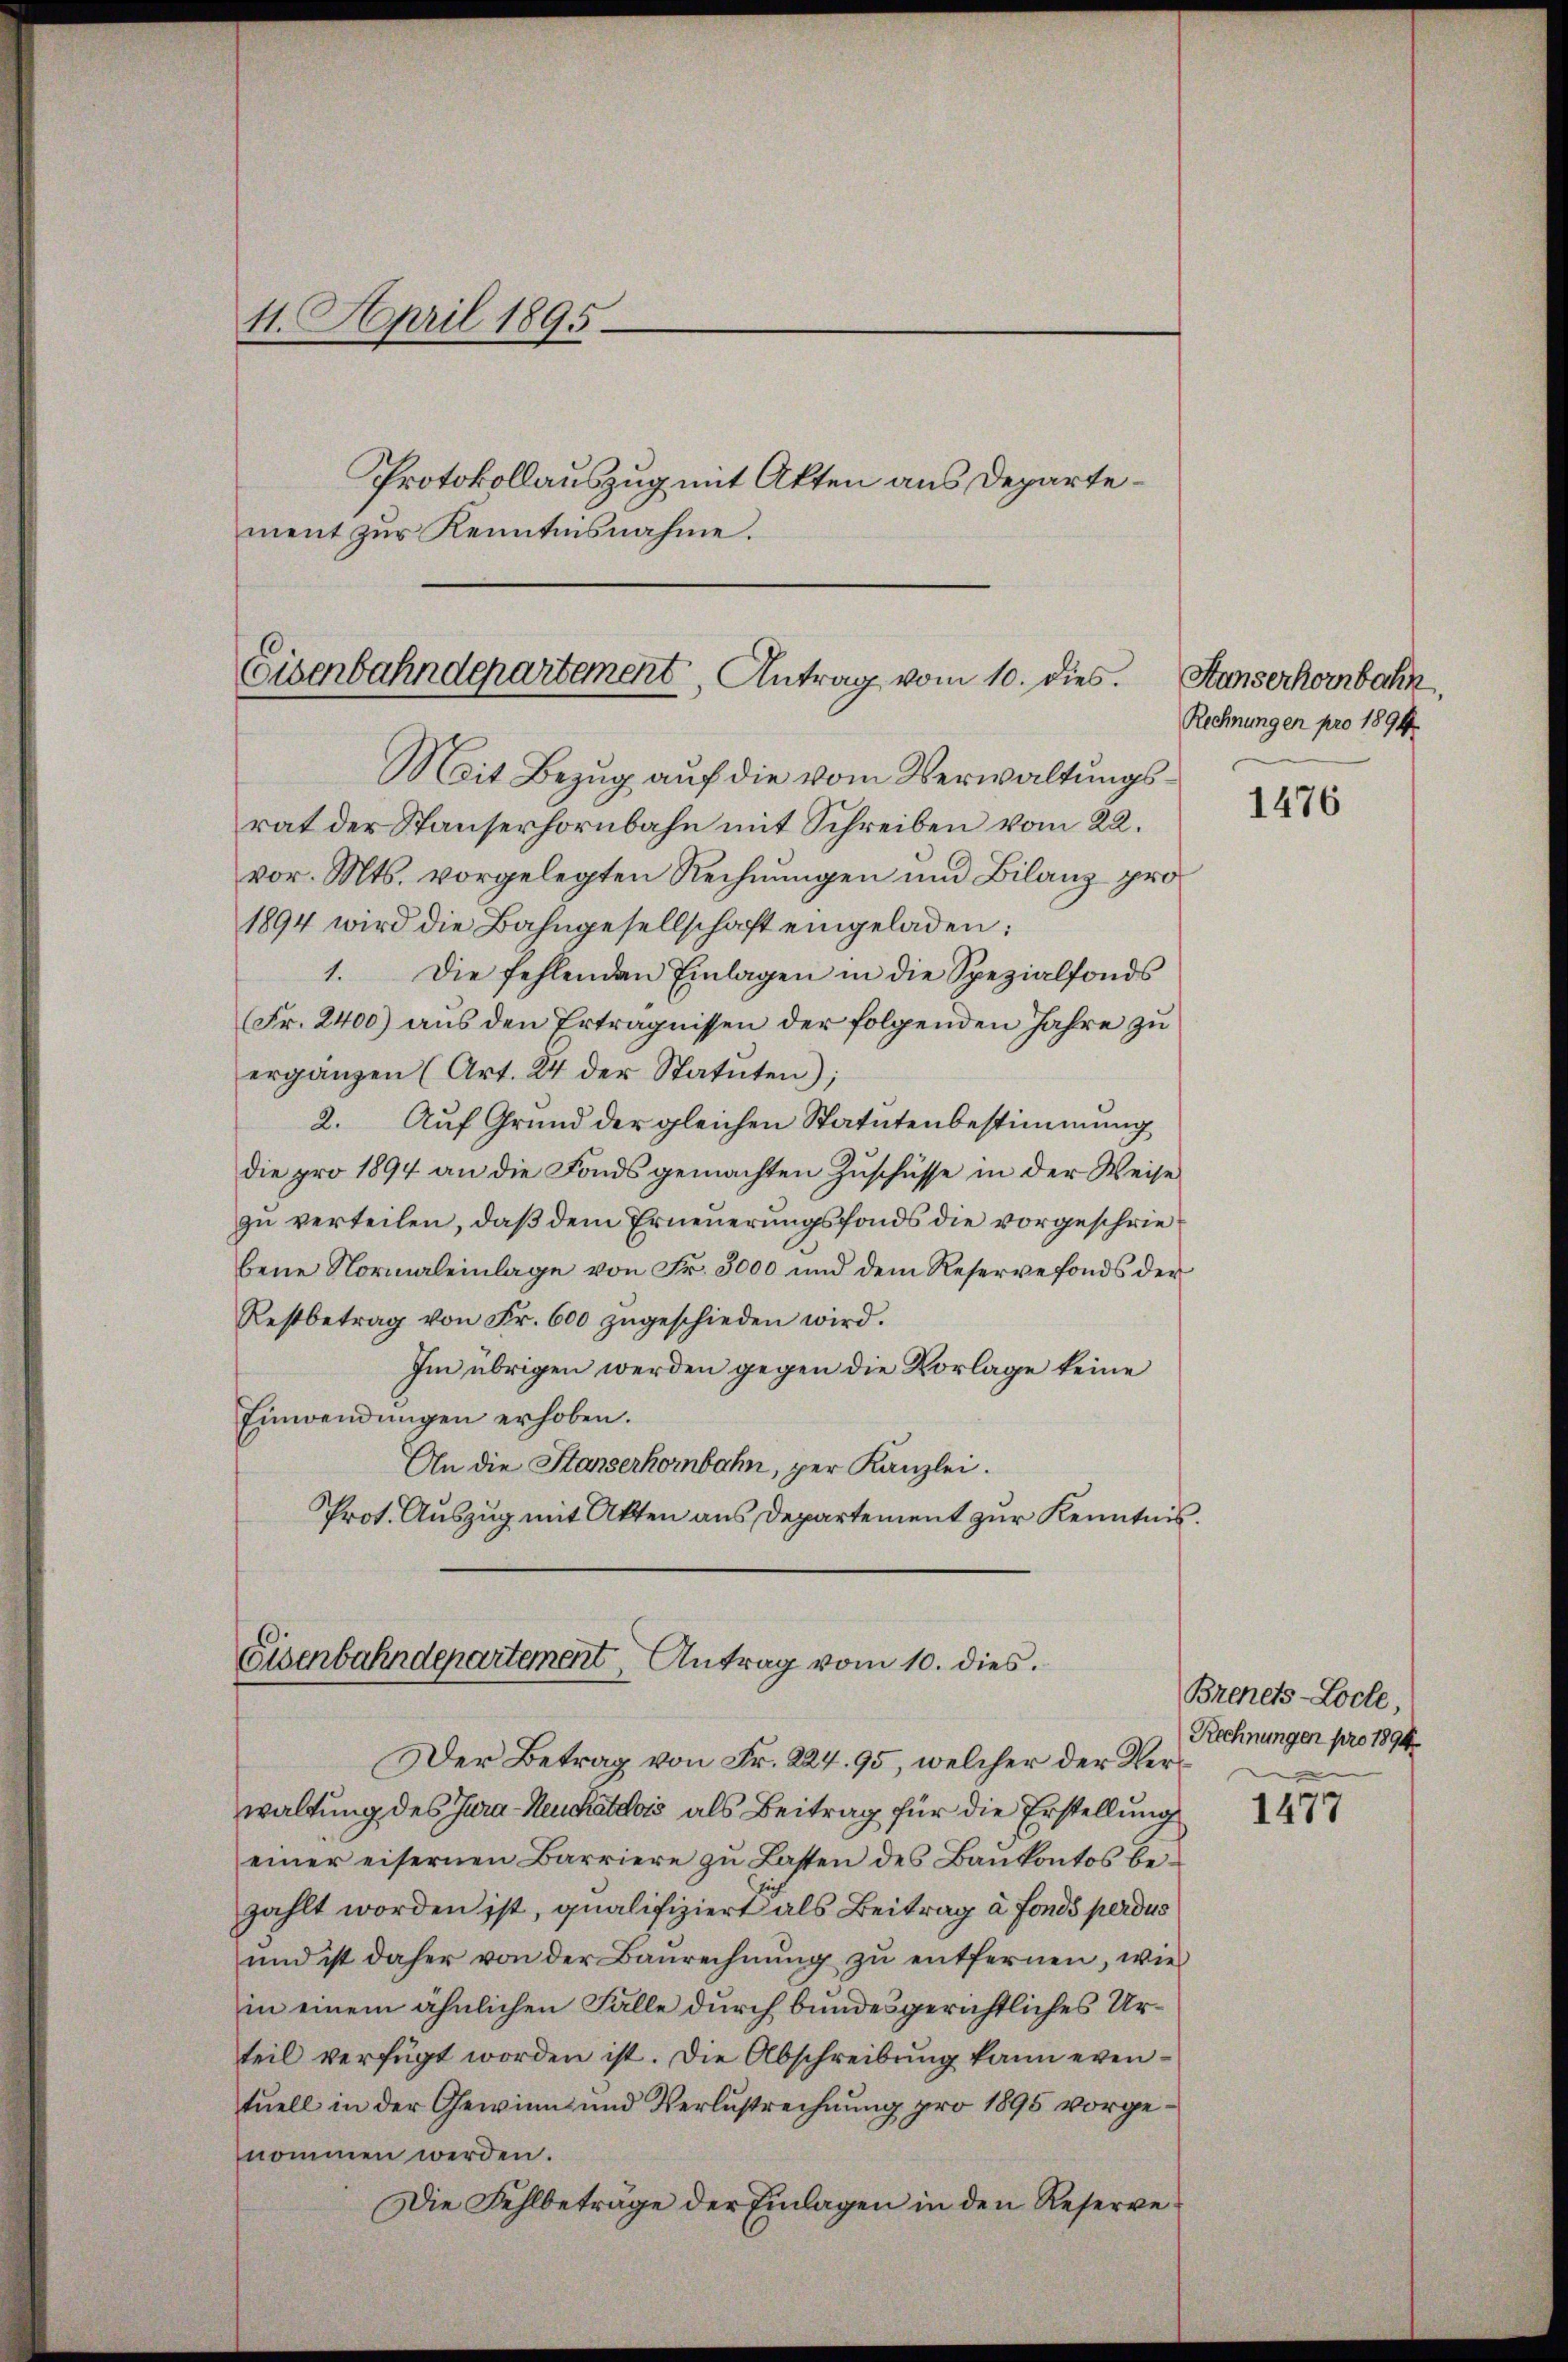
11. April 1895
Protokollauszug mit Akten aus Departement zur Kenntnisnahme.

Mit Bezug auf die vom Verwaltungsrat der Stauserhornbahn mit Schreiben vom 22.
vor. Mts. vorgelegten Rechnungen und Bilanz pro¬
1894 wird die Bahngesellschaft eingeladen:
1. Die fehlenden Einlagen in die Spezialfonds
(Fr. 2400) aus den Erträgnissen der folgenden Jahre zu
ergänzen (Art. 24 der Statuten),
2. Auf Grund der gleichen Statutenbestimmung
die pro 1894 an die Fonds gemachten Zuschüsse in der Weise
zu verteilen, daß dem Erneuerungsfonds die vorgeschriebene Normaleinlage von Fr. 3000 und dem Reservefonds der
Restbetrag von Fr. 600 zŭgeschieden wird.
Im übrigen werden gegen die Vorlage keine
Einwendungen erhoben.
An die Stanserkorbahn, per Kanzlei.
Prot. Auszug mit Akten aus Departement zur Kenntnis.

Der Betrag von Fr. 224, 95, welcher der Verwaltung des Jura-Neuchatdois, als Beitrag für die Erstellung
einer eisernen Barriere zu Lasten des Bankontos bezahlt worden ist, qualifiziert als Beitrag à fonds perdus
und ist daher von der Baŭrechnŭng zu entfernen, wie
in einem ähnlichen Falle durch bundesgerichtliches Urteil verfügt worden ist. Die Abschreibung kann eventuell in der Gewinn und Verlustrechnung pro 1895 vorgenommen werden.
Die Fehlbeträge der Einlagen in den Reserve¬

Eisenbahndepartement, Antrag vom 10. dies.

Eisenbahndepartement Antrag vom 10. dies

Aunserhorbahn.
Rechnungen pro 1894

1476

Brenets-Loche,
Rechnungen pro 1894.

1477